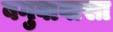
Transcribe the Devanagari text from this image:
बगुवावासा